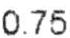
0.75